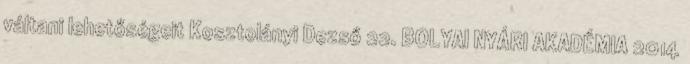
váltani lehetőségeit Kosztolányi Dezső 22. BOLYAI NYÁRI AKADÉMIA 2014